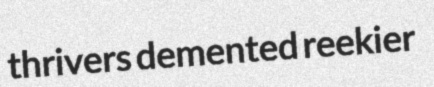
thrivers demented reekier